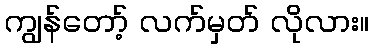
ကျွန်တော့် လက်မှတ် လိုလား။